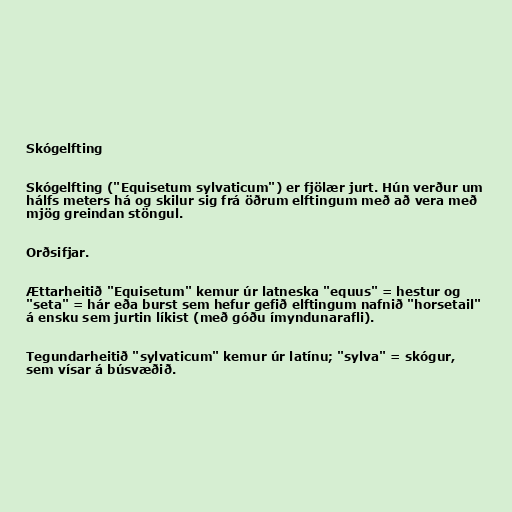
Skógelfting

Skógelfting ("Equisetum sylvaticum") er fjölær jurt. Hún verður um
hálfs meters há og skilur sig frá öðrum elftingum með að vera með
mjög greindan stöngul.

Orðsifjar.

Ættarheitið "Equisetum" kemur úr latneska "equus" = hestur og
"seta" = hár eða burst sem hefur gefið elftingum nafnið "horsetail"
á ensku sem jurtin líkist (með góðu ímyndunarafli).

Tegundarheitið "sylvaticum" kemur úr latínu; "sylva" = skógur,
sem vísar á búsvæðið.